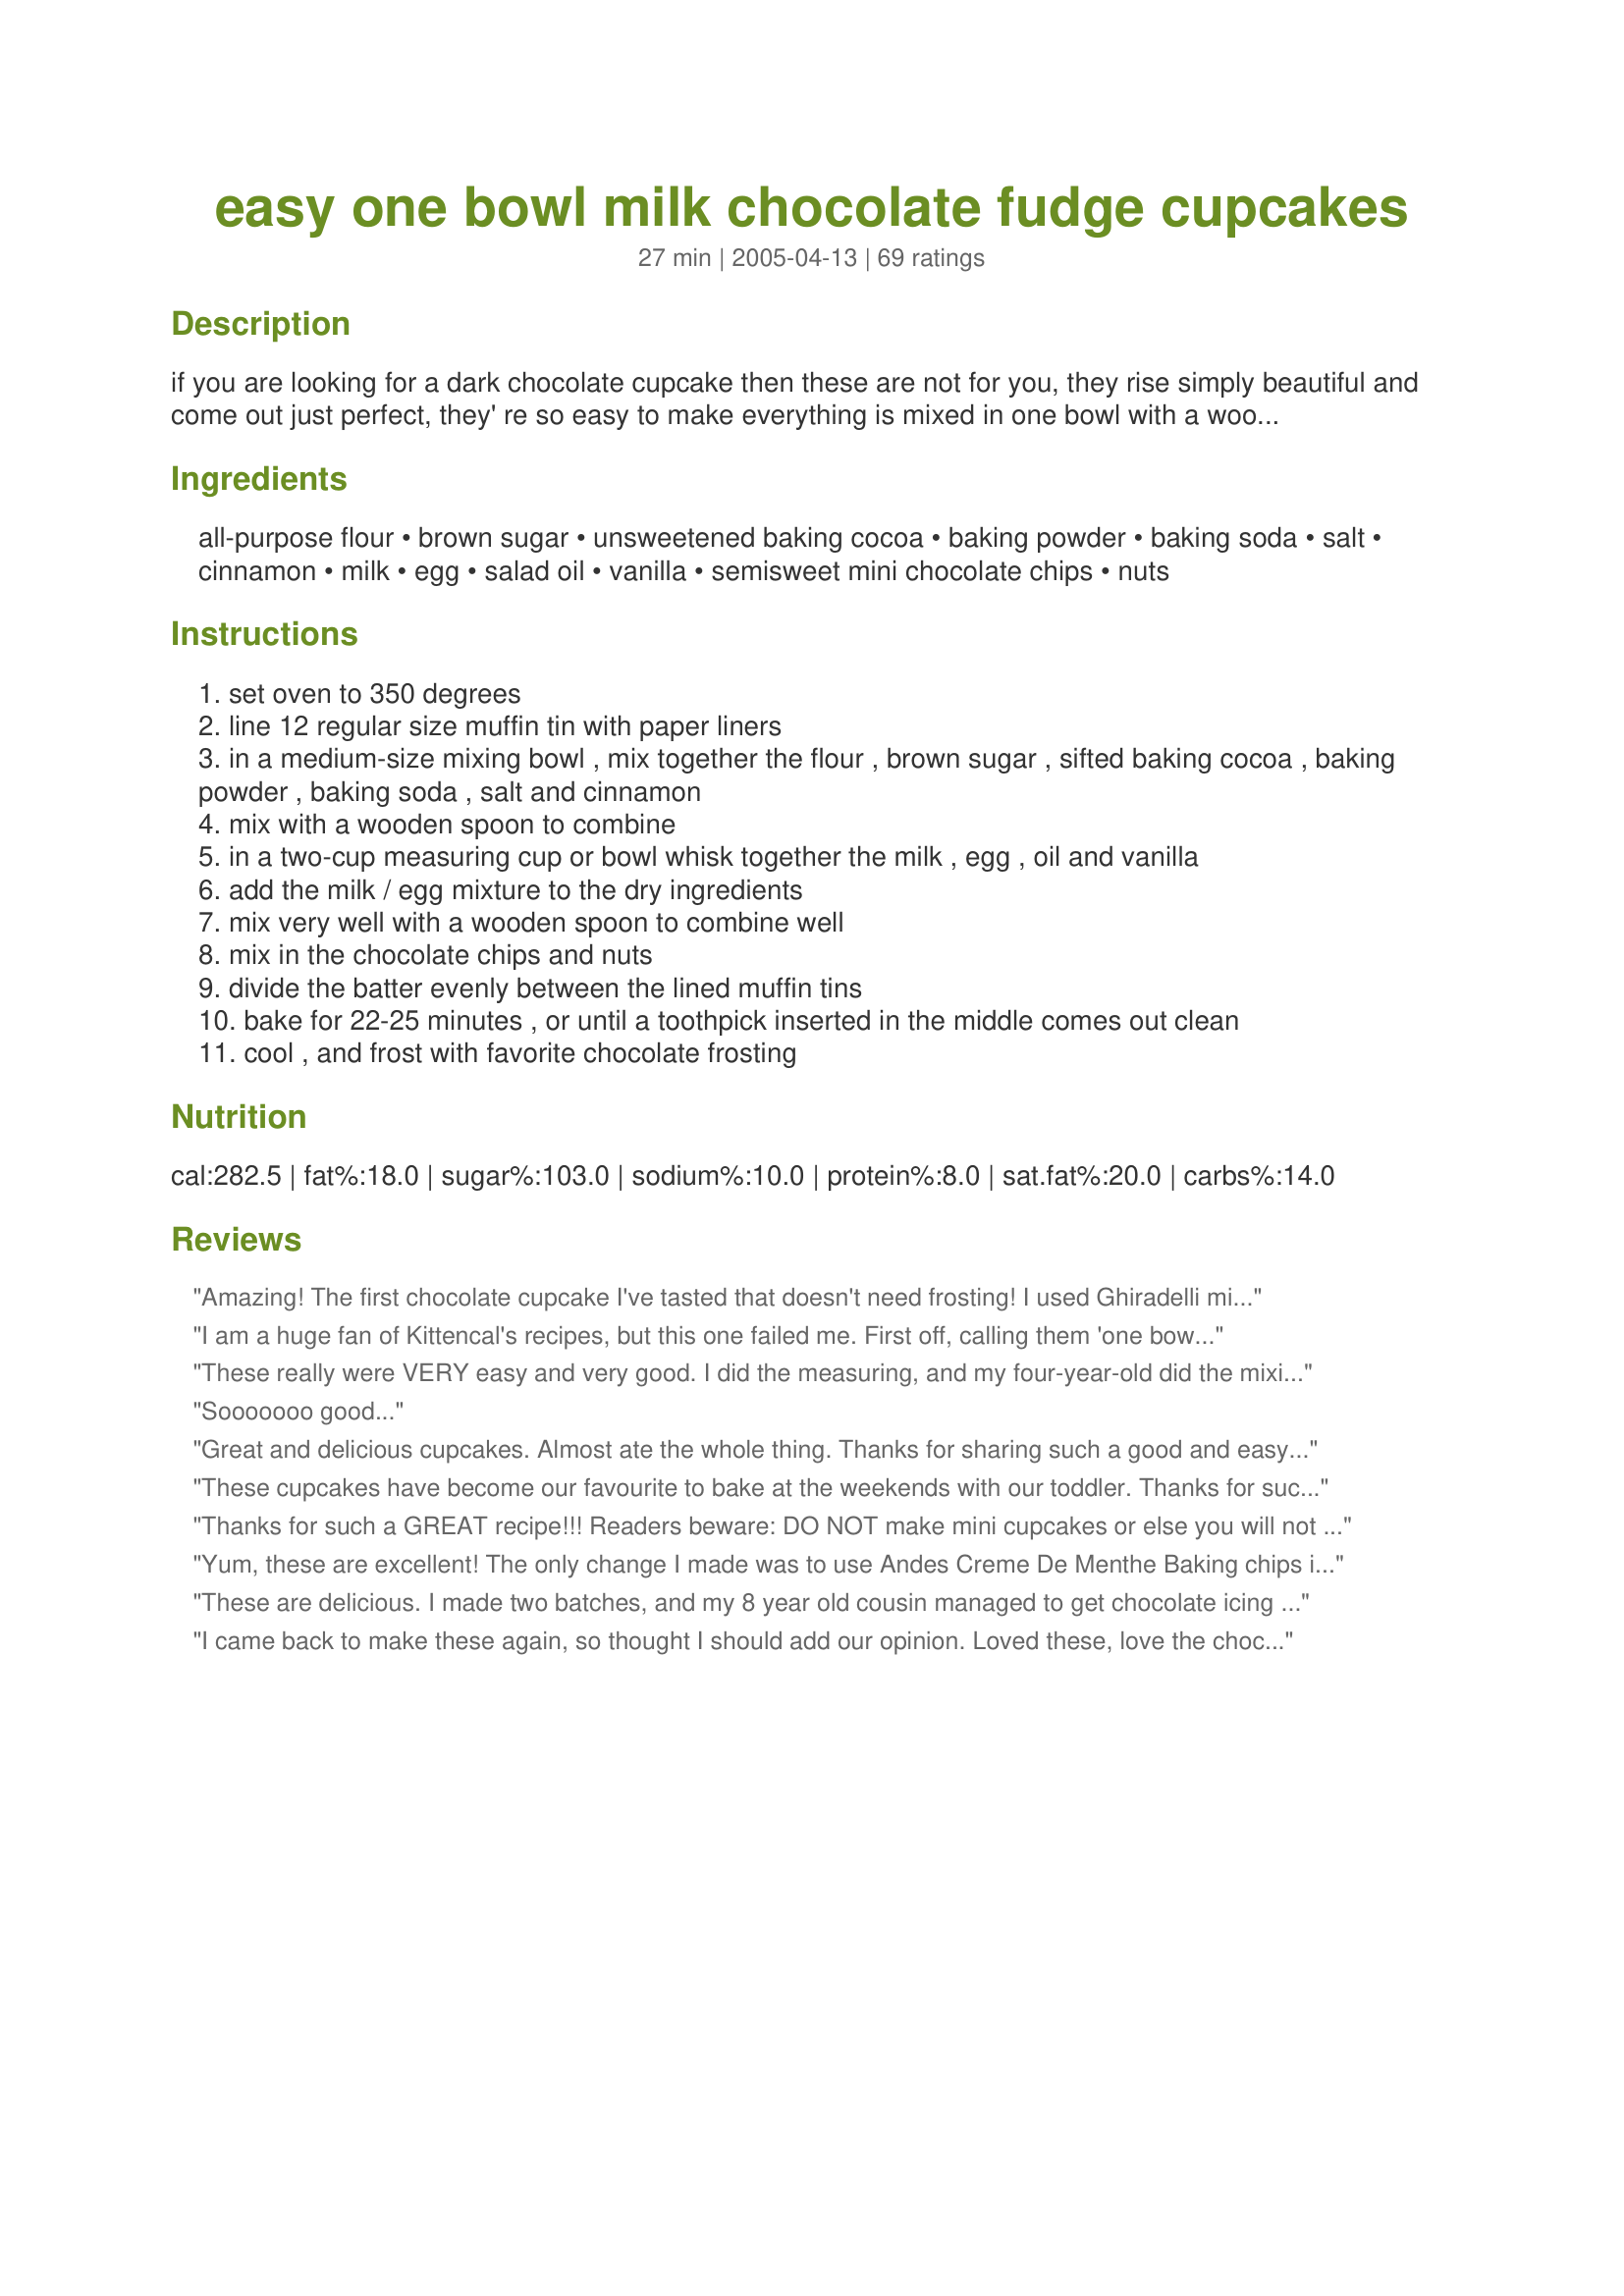
easy one bowl milk chocolate fudge cupcakes
Preparation time: 27 minutes

if you are looking for a dark chocolate cupcake then these are not for you, they rise simply beautiful and come out just perfect, they' re so easy to make everything is mixed in one bowl with a wooden spoon! --- top these with my recipe#89207

Ingredients:
all-purpose flour, brown sugar, unsweetened baking cocoa, baking powder, baking soda, salt, cinnamon, milk, egg, salad oil, vanilla, semisweet mini chocolate chips, nuts

Steps:
set oven to 350 degrees
line 12 regular size muffin tin with paper liners
in a medium-size mixing bowl , mix together the flour , brown sugar , sifted baking cocoa , baking powder , baking soda , salt and cinnamon
mix with a wooden spoon to combine
in a two-cup measuring cup or bowl whisk together the milk , egg , oil and vanilla
add the milk / egg mixture to the dry ingredients
mix very well with a wooden spoon to combine well
mix in the chocolate chips and nuts
divide the batter evenly between the lined muffin tins
bake for 22-25 minutes , or until a toothpick inserted in the middle comes out clean
cool , and frost with favorite chocolate frosting

Reviews:
Amazing! The first chocolate cupcake I've tasted that doesn't need frosting! I used Ghiradelli milk chocolate chips and doubled the recipe. It yielded 32 good-size cupcakes. Kittencal, your Really Easy and Good Chocolate Buttercream Frosting (recipe #89207) makes these even more rich -- a chocolate lover's dream.
I am a huge fan of Kittencal's recipes, but this one failed me. First off, calling them 'one bowl' is a little misleading. Technically, one bowl is correct, but you dirty two containers. I also found them to be very dry. I would reduce her suggested cooking time, checking them after 15 minutes. The chocolate buttercream icing that she suggested was the saving grace~ super yummy! I would refrigerate it for a few minutes before applying it to the cupcakes.
These really were VERY easy and very good. I did the measuring, and my four-year-old did the mixing. They rose perfectly -- smooth on top, fluffy/light inside. I had to use regular-sized chocolate chips since I didn't have any minis in my pantry, but they were wonderful with big chocolaty chunks. Yum!
Sooooooo good...
Great and delicious cupcakes. Almost ate the whole thing. Thanks for sharing such a good and easy recipe.
These cupcakes have become our favourite to bake at the weekends with our toddler. Thanks for such an easy but tasty recipe.
Thanks for such a GREAT recipe!!! Readers beware: DO NOT make mini cupcakes or else you will not be able to stop eating them!!!!! I think I just ate a dozen by myself! They definately satisfy many a sweet tooth!
Yum, these are excellent! The only change I made was to use Andes Creme De Menthe Baking chips instead of the regular mini chips (I didn't have any) the mint flavor was really good with the chocolate. I usually don't make cupcakes (I hate frosting them) but this would even be good baked as a cake. I did use the frosting recipe as well and that is Yummy too! What else can we expect from Kitten all of her recipes are great, at least I have never been dissapointed. Thanks Kitten!
These are delicious. I made two batches, and my 8 year old cousin managed to get chocolate icing from one of them on the BACK of his shirt. I'm vegan, so I used egg replacer and soy milk and they turned out fine. I did not like the cinnamon in the first batch, and replaced it with chili powder in the second, which added a good flavor. The chocolate chips are quite important. I used normal sized chips.
I came back to make these again, so thought I should add our opinion. Loved these, love the chocolate-cinnamon combination, and my husband loved the caramel flavor of the brown sugar. They were moist and rich but not too sweet, and a pleasure to make with my 5 year old daughter. Used regular chocolate chips and they were wonderful! I'm sure we'll be making these a lot. Thanks!!!
YUM! These were so good! I was a bit worried they would be dry, but then I bit into one and there was that extra sweet little splash of chocolate from the chocolate chips...nope, not dry at all! I did ice them with a cream cheese icing though. They were so good! Thanks for this recipe!
wonderful..i topped it with vanilla icing
Very good, but they seem more like rich muffins than cupcakes.
I have been baking the vanilla cupcakes so often that I decided to give the chocolate ones a try, and I am glad I did. The whole family enjoyed them, with and with out frosting. Good for all our lunch boxes.
Wow! I made these cupcakes last night and they were BY FAR the best I've ever had! The only mistake I made was adding chocolate chips to the batter. I found it to be too much, so next time I will leave them out. I made chocolate buttercream icing to ice them with and they were sooo yummy! Will definitely be adding to my "Favorite Recipes" cookbook! Thanks for sharing. :)
These turned out great...I used Splendra Brown sugar and sprinkled extra chocolate chips on top...when they came out I sprinkled some powdered sugar over them and boy did they turn our yummy
Another excellent recipe from kittencal! Very light and fluffy and very moist. YUM!! (If you're a chocolate lover, you definitely also have to try her extreme chocolate brownies!) Thanks for another great recipe, kittencal!
These were wonderful! I used your frosting as well and made these for my son's Valentine party at school with some embellishments. At first I was concerned that they were going to have a more muffin like texture but these are all cupcake!
After having just made a batch of Kitten's one bowl vanilla cupcakes, I had high hopes for these. I was disappointed. These came out dry and bland. They taste more like an okay chocolate chip muffin than a cupcake.
Made this exactly but mine didn't turn out well. They were dry and not very flavorful. They sure looked pretty though. Thanks
Thank you for posting this recipe Kittencal!!! I made the cupcakes tonight and they are WONDERFUL! Very moist, and you are right...they do not even need Frosting. 

I followed the recipe except I might have used a little more than 3/4 cup mini choc. chips.

I will be making these again soon!!
Excellent , very easy .
To have after a meat meal (kosher) I used water/wine instead of milk . 
Really chocolatey 
I iced with an icing sugar , water , Chocolit icing .
This was very moist, I really enjoyed making it and eating it! I put cream cheese frosting with a strawberry garnish on it. Sooo good!
These turned out so great!!! I still can't believe that I made these from scratch. Because of the brown sugar, they weren't too sweet and that is exactly what I loved about them. And I would consider it sacrilege to even consider icing them, they are seriously that great.
Thanks for another great recipe.
Absolutely decicious. I used a few extra mini choc chips and left out the cinnamon. These little cupcakes are fool proof...accidently left the second batch in the oven for an extra 15 minutes....(cooked the first batch 25 minutes) and was sure they would be ruined...yet somehow they were amazingly still fine! Took these to my 2nd grade sunday school class for the children to frost for Christmas (little mini birthday cakes for Jesus)...and they were loved by all. They are also great without frosting! Thanks for sharing...I always know I can count on your recipes kittencal!

I made these with my four year old, she measured and stirred and decorated. She had a great time because they were so easy, just mix them up with the spoon. And she absolutely looooved eating them. They turned out very well! Everyone was impressed, especially with her decorations. I've posted the picture! :)
I have made this recipe twice now and it just keeps getting better each time!
I made mini-muffins both times and put a single chocolate chip inside each one for a little surprise.
The kids loved it and the adults can't stop eating them! Thanks for a GREAT, really easy recipe!
Another outstanding recipe! Very simple, of course, and yielding beautiful cupcakes. They rose beautifully, the texture is perfect, as well as the flavor. Topped with a peanut butter frosting which was a fabulous combo. Thanks so much, Kittencal!
WOW! These cupcakes were so easy to make (similar to a muffin method) and so much better than a mix. They were inhaled by my teenagers. A must try!!
I would give it only 2 stars....but I think the fact that they came out dry was perhaps my error, due to doubling the recipe? I didn't overbake them, but they were still dry. If I double the recipe, should I have changed or tripled any aspect of the recipe? LOVED the buttercream frosting, however!
Absolutely incredible! These are so good! I made a dozen cupcakes and topped them with "The Best Creamy Cream Cheese Frosting". I'm looking forward to seeing people's reactions at dinner tomorrow night. I'm sure they'll be a hit!
These are delicious. I made them for DS&#039;s sleepover party. I used a nice chocolate frosting and they were a huge hit with the boys. Thank you for sharing with us. We all loved them and will make again.
I will admit they are easy to make and pretty good if eaten fresh from the oven but they do tend to get dry rather quickly.

My grandson loved them in a bowl with milk on them.


KITTY these are way to easy to make to be that good, AMAZING is the word for these! soft, rich and moist like a chocolate cupcake should be! Winning recipe, thanks Kitty.
Wonderful recipe! Very easy to make. I topped it with peanut butter frosting #111131 and put 1/2 cup of semisweet chocolate chips and 1/2 cup of reeses peanut butter chips...yum!
Very good
wish I could give it 6 stars
After all the great reviews, I was eager to try this recipe. I loved how I could just throw everything into one bowl. I actually got 16 good-sized cupcakes. They rose great and had the perect texture. I couldn't wait for them to cool and I ate two while they were still warm. I must admit, they weren't as chocolatey as I thought they would have been, but it could be just me (I have an insane sweet tooth, especially for chocolate). So I was thinking about increasing the cocoa to 1/2 c. and the chocolate chips to a full 1 cup the next time I make these, which should be very soon! Thanks for such a great and simple recipe Kittencal!
I have already made this recipe twice to rave reviews from my husband and neighbors. In fact, I am addicted to these cupcakes and you really can't eat just one. The cinnamon adds a great touch and the cocoa gives it a good deep flavor. I didn't use any frosting since these were good enough on their own. I did use regular size instead of miniature chocolate chips increase the amount to 1 cup and omitted the nuts. Thanks for the great recipe!
These were yummy! the kids loved them hot...although They were a bit to sweet ..next time i would reduce the sugar!..I also used self raising flour instead of all purpose with baking soda and powder...this still worked fine! Thanks...yum!
Great cupcakes with a delicious chocolate flavour. These rose very high and had a beautiful texture Rich and moist. I topped with your chocolate buttercream recipe as suggested in the introduction. I got 15 medium sized cupcakes using my muffin pans. Thanks for a great recipe!
Just baked 12 cupcakes with this lovely recipe. I ate 2.. already... I was gonna have 1 only but I had to have another one. :) They r very very tasty. :D Thanks for this fantastic recipe.
I've made these twice now, once with the cinnamon and once without and they are really good. Thanks for posting such a simple but good recipe
These are great! I ended up with 18 cupcakes. I make cakes all the time but this is my first time making homemade cupcakes (that aren't from a box). My kids helped and we'll be serving them for my son's birthday party. We left out the cinnamon and nuts. Great easy recipe!
Yum! I'm a vegan, so I used soymilk and egg replacer instead of milk and egg, and they turned out well.
These are the first homemade cupcakes I've ever made and they turned out perfect!! I left out the cinnamon and nuts and frosted them with cream cheese frosting and they were delicious! I made these for the guys at work and they couldn't get enough of them. I would recommend making these in a heartbeat!
I thought these were just ok. Normally, I love kitten's recipes. I made the cupcakes exactly as the recipe instructs. The only thing that saved the cupcakes was my chocolate ganache icing. I think using oil instead of butter is part of the problem. Also, I definitely would add more coco powder next time.
These were great! I made Recipe #169141 to go on top of these and they were a perfect treat for my grad BBQ dinner! Thanks for sharing!
This is now my youngest sons favorite cupcakes, he loves chocolate, i made this recipe along with recipe #'s; 89751, 89207, 80118, all very good and so easy, thank you, Kittencal.
I can't believe how quick and easy these cupcakes were! I wasn't sure they would taste good because it was so easy....but.......I am so glad I was wrong. They were great! The Chocolate Buttercream Frosting was great and EASY!! The kids said it tasted like chocolate ice cream. I made the 'medium' frosting. Thanks Kittencal!
just made this, and it really is fabulous! i had the batter made in less than 10 min. So easy even for people who hate to bake & measure! i made these using a 24 mini muffin pan, however these made 36 for me. I sprinkled them with powdered sugar. Delicious even without any topping.
These are really good! I love the cinnamon with the chocolate! These are so easy that my 13 yr old son made them with no problems! We did not frost them this time, but next time would like to try cream cheese frosting.
Okay, I have to admit that I do not eat chocolate, so I cannot personally testify to these cupcakes...but everyone loved them. Very rich and moist. I think I did over bake them a little bit- so be careful to take out promptly!
I love a crowd pleasing recipe- and this was it!
Thanks!
Delicious! It is simple and it only took me like 30 minutes untill I can eat it already! ! =)
Great recipe for cupcakes that rise high and don't go flat after you pull them out of the oven. I've never had any luck with cupcakes that rise nice and high. However, I only give 4 stars because they were a bit dry and that was after adjusting the time based on previous reviews. I baked them for 17-18 minutes and they were still dry (I use a oven thermometer so I know the temperature was correct). Next time I will check them at 15 minutes.
July 13, 2007 With 30 great reviews -can't go wrong with these cupcakes!! They are moist and delicious!! Didn't add any nuts and used low-fat milk. Didn't need to frost them as they were great as is!! Thanks Kit!!
Made these again and again and again!! Thanks again Kit!
Made these for DH birthday gathering and they were great. Thank you!
YUM! I actually used 1/3cup melted butter as I had no salad oil and it turned out great. lovely and moist. Once baked I drizzeled them in white chocolate... mmm! Thanks for another great recipe =)
DELICIOUS!!! I didn't sift the cocoa, I used 1/4 tsp cinnamon, 2% milk, and a cup of regular semi-sweet chocolate chips. Also, I just beat the egg together with the milk, oil & vanilla. Even with my errors they turned out beautiful! I worried that they rose too much, but it was fine. Took me two heaping dinner tbsps to fill each muffin cup. Thanks Kittencal, your recipes always ROCK!
Double batch turned out looking picture perfect but the cupcakes were rather DRY. I followed the recipe exactly but it was NOT moist, rich YES.
Another no-fail recipe from KITTENCAL. These were really good. I gave two each to two sets of neighbors...and regretted it later on. The only reason I docked a star was because I would have liked it to be moister. I left out the optional nuts and cinnamon and used the milk option. I iced this with Kittencal's Chocolate Buttercream Frosting/Icing #89207 which was great. My yield was 14 regular sized muffins and they were ready in 20min.
these were very simple to make, but I found them to be a bit on the dry side. My kids liked them with chocolate frosting on top.
I had to give my 5 stars since I had to make the recipe twice in 3 days! The first time I made a dozen for my son's preschool class, they looked so good that I had to make more the next day, just to see if they tasted as good as they looked- and they did! I used guittared choc chips & some of a symphony bar that i had in the fridge! Thanks! I can't wait to try to vanilla cupcakes next!
Flavor was very good but I found the texture a little odd. They were moist, but almost had the texture or a corn muffin. Perhaps I mixed the batter too long...
My DH chose to make this recipe for his office party. My DH could not believe how easy this recipe was to make. When I asked what is coworkers thought they raved on how good they came out and thought he should make them again for them. For the icing he chose to use Recipe #89207. 10 stars!
We liked these my DH thought they were only okay.I used the cinnamon and had to use half mini chips and half regular sized chocolate chips. They were really great and rich when they were still warm and didn't even need any frosting, when they cooled they were not quite as good. I doubled the batch and ended up with 30 big cupcakes. I hesitate to add that the recipe calls them "one-bowl" cupcakes but then tells us to use two bowls, I just kind of thought that was funny. We giggled about it.
Great Cupcakes!
Simple to make and has a great chocolate flavor!
Thanks very much for the recipe KITCHENCAL!
My family loves these. We don't even put frosting on them...So moist and great it doesn't need it.
I liked this recipe however the cupcakes were very light in color and didn't taste very chocolatey. I used a whole cup of chocolate chips so that helped a little, but all in all it was ok
really good alothough the cinnamon was a bit odd. I will make them again, just omitting the cinnamon
